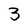
Character: 3